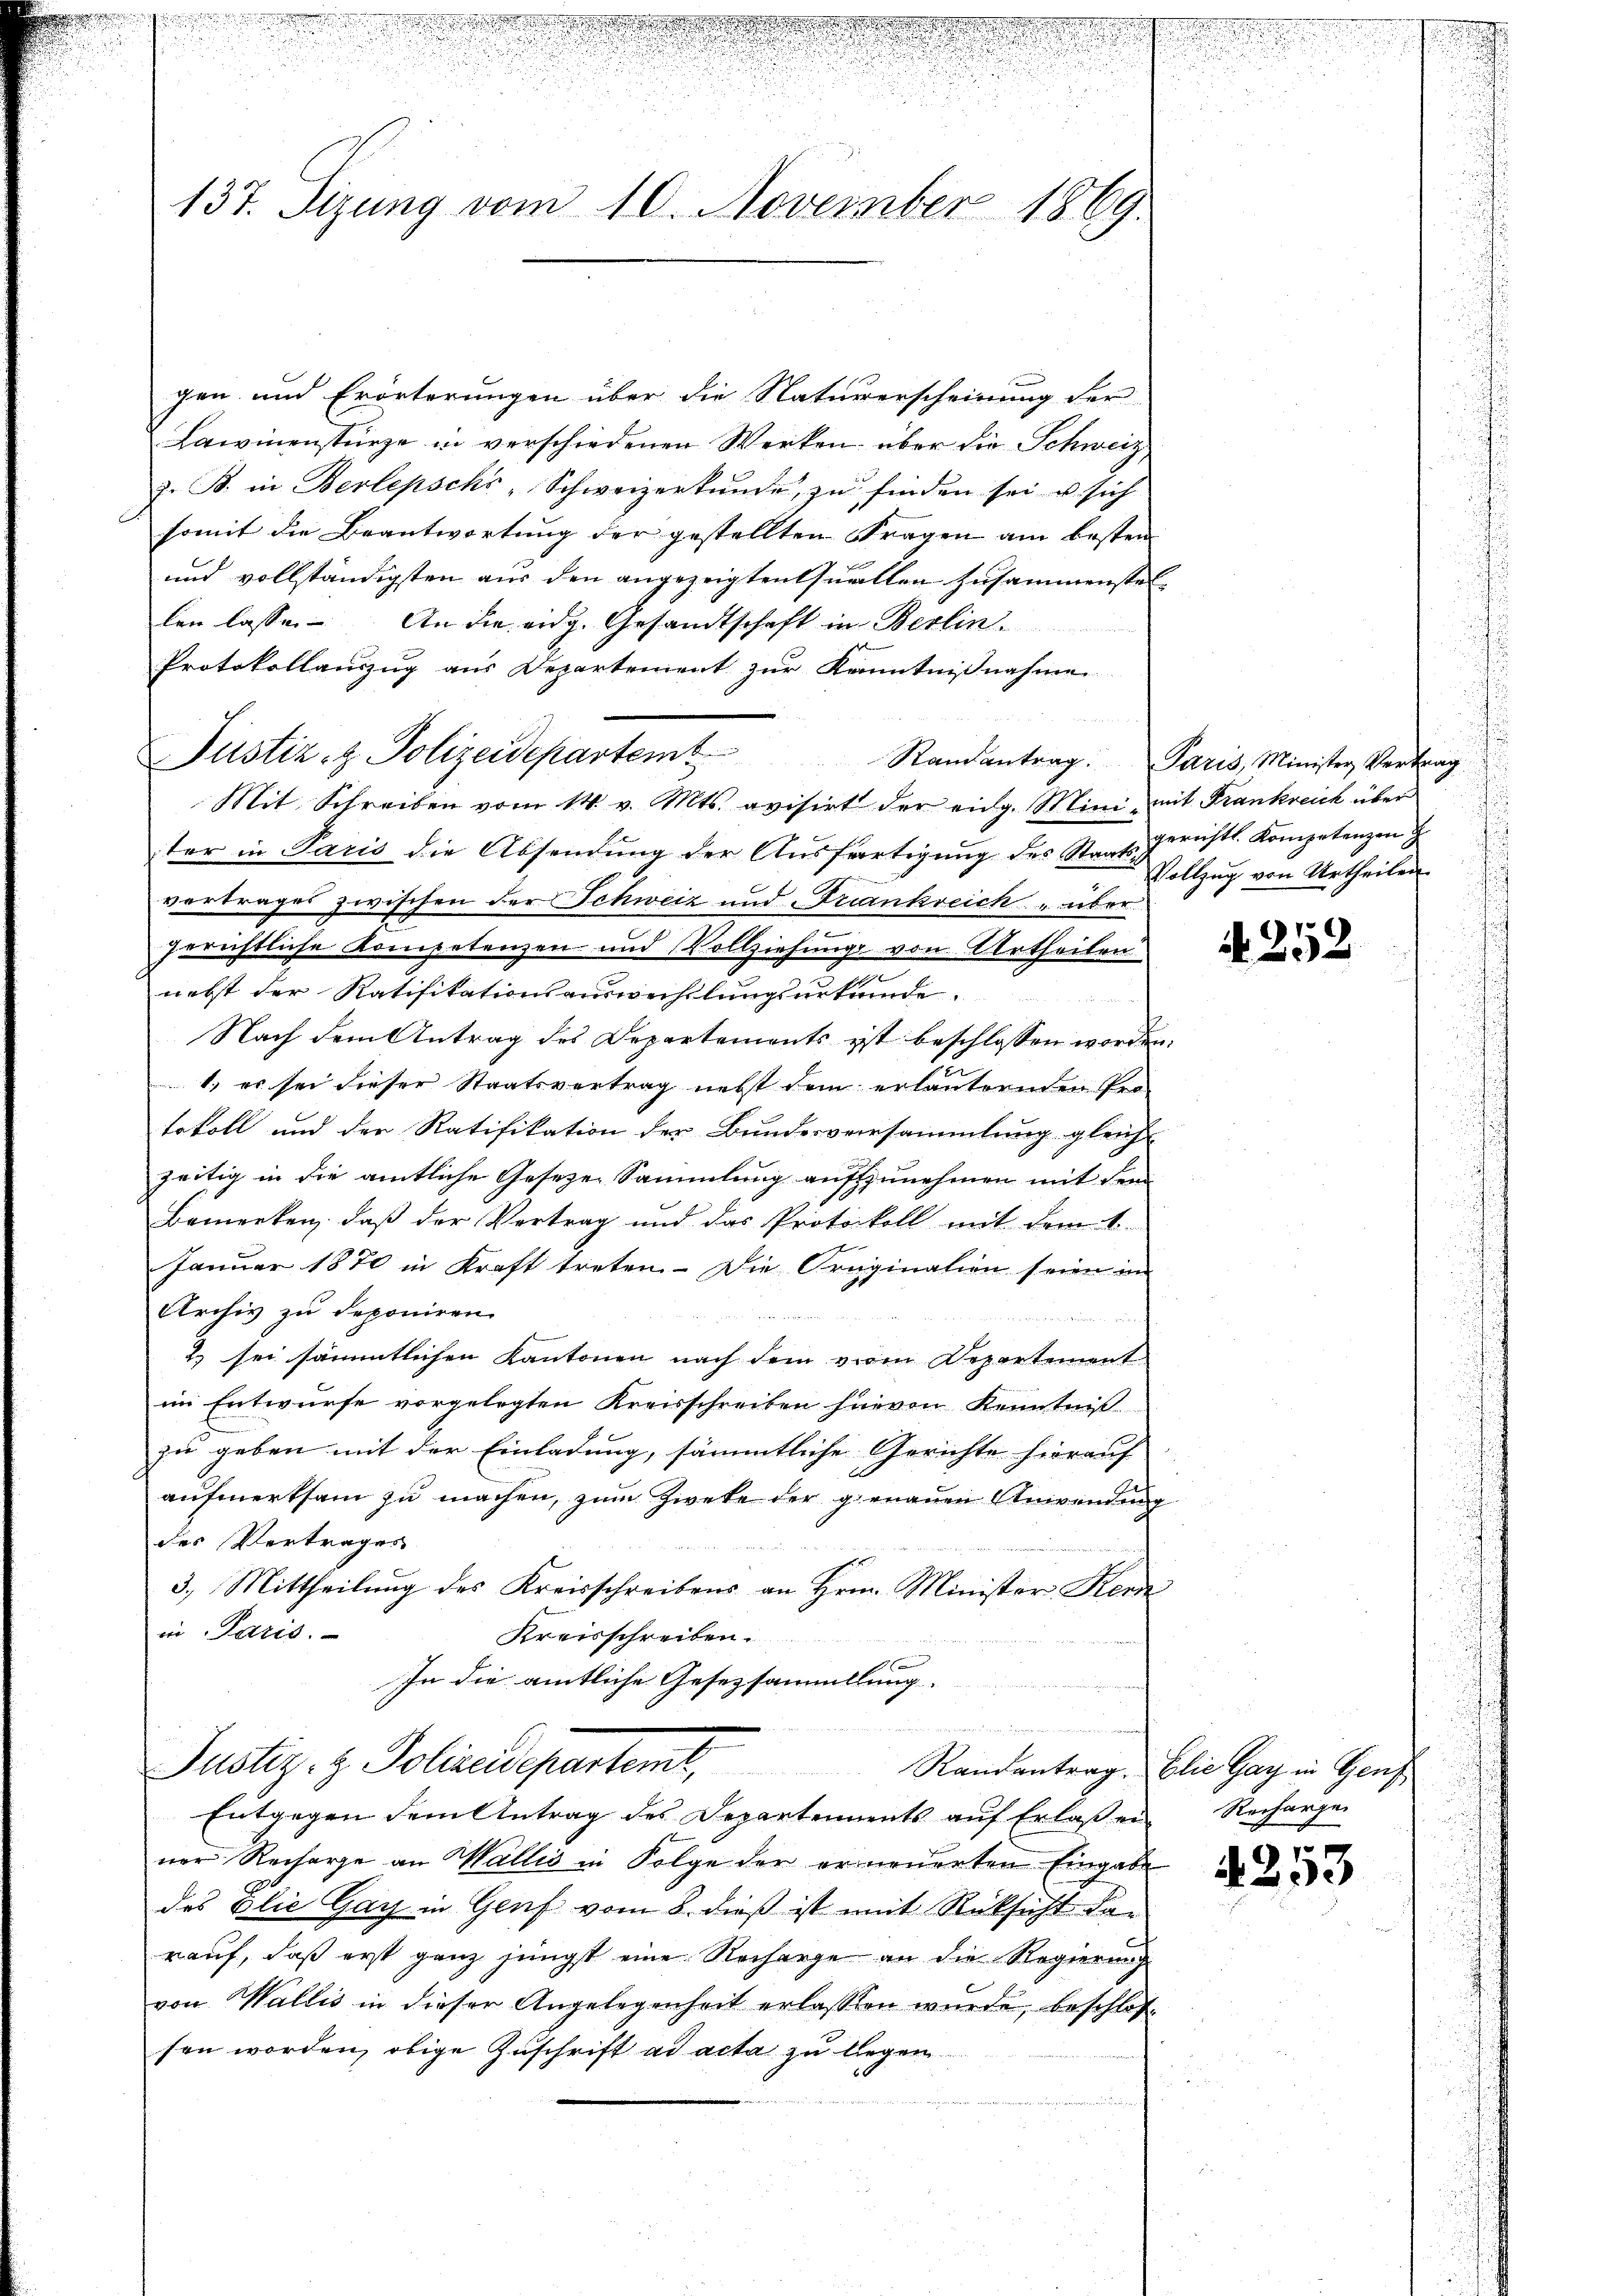
e
137. Sizung vom 10. November 1869.

gen und Erörterungen über die Naturerscheinung der
Lawinenstürze in verschiedenen Werken über die Schweiz
z. B. in Berlepschi-Schweizerkŭnde zŭ finden sei u. sich
somit die Beantwortung der gestellten Fragen am besten
und vollständigsten aus den angezeigten Quellen Zusammenstel-
len lassen. An die eidg. Gesandtschaft in Berlin.
Protokollauszug aus Departement zur Kenntnißnahme
Mit Schreiben vom 14. v. Mts. avisirt der eidg. Mini mit Frankreich über
ter in Paris die Absendung der Ausfertigung des Staatsgerichts-Kompetenzen H
vertrages zwischen der Schweiz und Frankreich „über
gerichtliche Kompetenzen und Vollziehung von Urtheilen
e
nebst der Ratifikationsauswechslungsurkunde.
Nach dem Antrag des Departements ist beschlossen worden
1. es sei dieser Staatsvertrag nebst dem erläuternden Pro-
tokoll und der Ratifikation der Bundesversammlung gleich-
zeitig in die amtliche Geseze Sammlung aufzunehmen mit dem
Bemerken, daß der Vertrag und das Protokoll mit dem 1
Januar 1870 in Kraft treten. Die Originalien seien im
Archiv zu deponiren.
2) sei sämmtlichen Kantonen nach dem vom Departement
im Entwurfe vorgelegten Kreisschreiben hievon Kenntniß
zu geben mit der Einladung, sämmtliche Gerichte hierauf
aufmerksam zu machen, zum Zweke der genauen Anwendung
des Vertrages
3.) Mittheilung des Kreisschreibens an Hrn. Minister Kern
in Paris.
Kreisschreiben.
In die amtliche Gesetzsammellung.
Justiz- & Polizeidepartemt, Randantrag. Elie Gar in Genf
Entgegen dem Antrag des Departements auf Erlaßen
ner Recharge an Wallis in Folge der er neuerten Eingabe
das Elie Gay in Genf vom 8. dieß ist mit Rücksicht dar
rauf, daß erst ganz jüngst eine Recharge an die Regierung
von Wallis in dieser Angelegenheit erlassen wurde, beschlos
sen worden, obige Zuschrift ad acta zu legen

Justiz- & Polizeidepartem Randantrag. Paris, Minister Vertrag

2

Vollzug von Urtheilen

u

A. 252

Recharge

4253